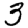
Digit: 3